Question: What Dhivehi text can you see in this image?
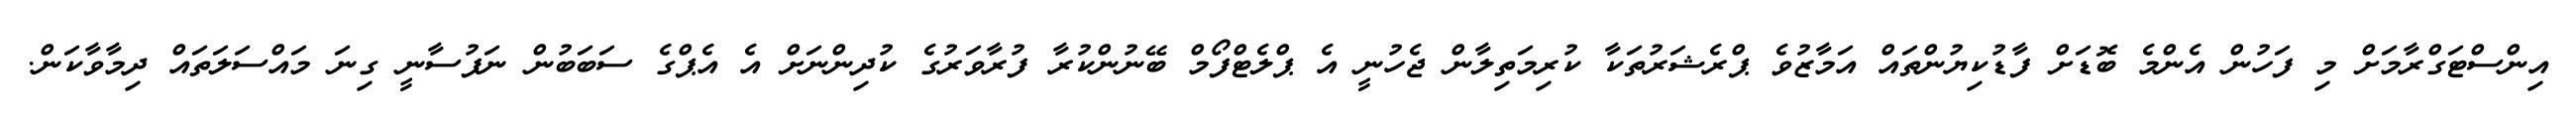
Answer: އިންސްޓަގްރާމަށް މި ފަހުން އެންމެ ބޮޑަށް ފާޑުކިޔުންތައް އަމާޒުވެ ޕްރެޝަރުތަކާ ކުރިމަތިލާން ޖެހުނީ އެ ޕްލެޓްފޯމް ބޭނުންކުރާ ފުރާވަރުގެ ކުދިންނަށް އެ އެޕްގެ ސަބަބުން ނަފުސާނީ ގިނަ މައްސަލަތައް ދިމާވާކަން.